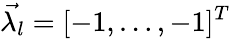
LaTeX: \vec{\lambda_{l}}=[-1,\dots,-1]^{T}